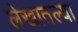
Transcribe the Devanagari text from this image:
लेखातल्या